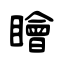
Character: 瞺